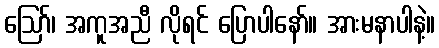
ဪ၊ အကူအညီ လိုရင် ပြောပါနော်။ အားမနာပါနဲ့။